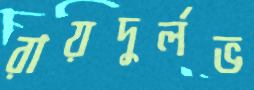
রায়দুর্লভ